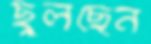
ছুলছেন